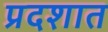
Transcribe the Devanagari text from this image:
प्रदशात